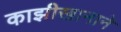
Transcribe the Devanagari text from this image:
काझीखानाने